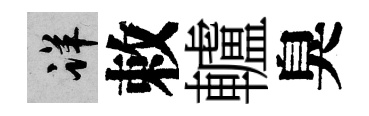
详敕轤臭